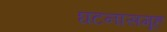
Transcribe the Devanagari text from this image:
घटनासमूह